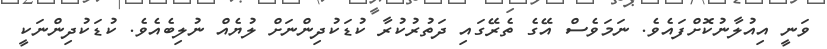
ވަނީ އިއުލާނުކޮށްފައެވެ. ނަމަވެސް އޭގެ ތެރޭގައި ދަތުރުކުރާ ކުޑަކުދިންނަށް ލުޔެއް ނުލިބެއެވެ. ކުޑަކުދިންނަކީ